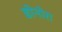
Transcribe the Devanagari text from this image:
डोनोरा